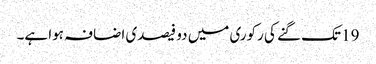
19 تک گنے کی رکوری میں دو فیصدی اضافہ ہوا ہے۔